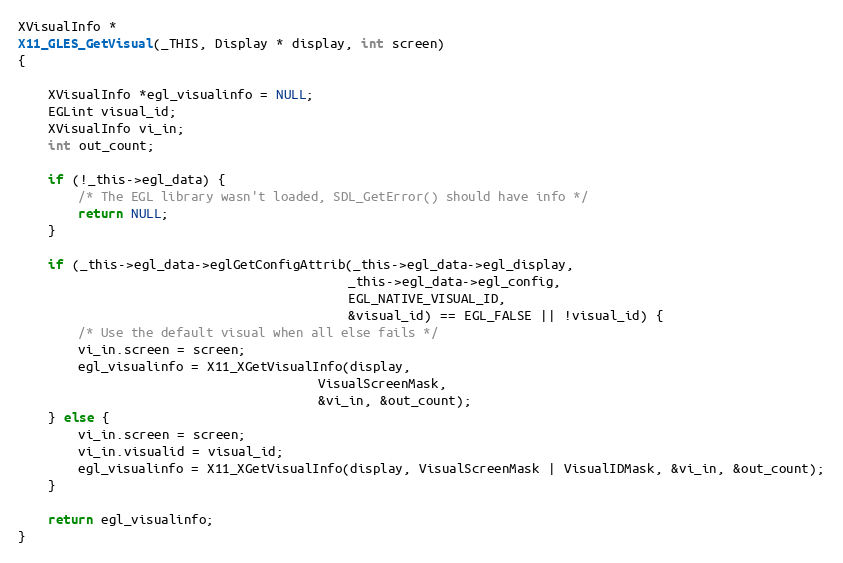
Language: C
XVisualInfo *
X11_GLES_GetVisual(_THIS, Display * display, int screen)
{

    XVisualInfo *egl_visualinfo = NULL;
    EGLint visual_id;
    XVisualInfo vi_in;
    int out_count;

    if (!_this->egl_data) {
        /* The EGL library wasn't loaded, SDL_GetError() should have info */
        return NULL;
    }

    if (_this->egl_data->eglGetConfigAttrib(_this->egl_data->egl_display,
                                            _this->egl_data->egl_config,
                                            EGL_NATIVE_VISUAL_ID,
                                            &visual_id) == EGL_FALSE || !visual_id) {
        /* Use the default visual when all else fails */
        vi_in.screen = screen;
        egl_visualinfo = X11_XGetVisualInfo(display,
                                        VisualScreenMask,
                                        &vi_in, &out_count);
    } else {
        vi_in.screen = screen;
        vi_in.visualid = visual_id;
        egl_visualinfo = X11_XGetVisualInfo(display, VisualScreenMask | VisualIDMask, &vi_in, &out_count);
    }

    return egl_visualinfo;
}